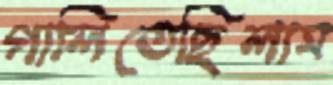
গালিতেছিলাম